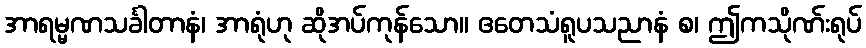
အာရမ္မဏသင်္ခါတာနံ၊ အာရုံဟု ဆိုအပ်ကုန်သော။ ဧတေသံရူပသညာနံ စ၊ ဤကသိုဏ်းရုပ်